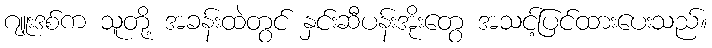
ဂျူးဒစ်က သူတို့ အခန်းထဲတွင် နှင်းဆီပန်းအိုးတွေ အသင့်ပြင်ထားပေးသည်။